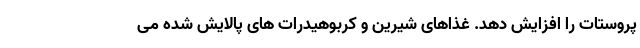
پروستات را افزایش دهد. غذاهای شیرین و کربوهیدرات های پالایش شده می